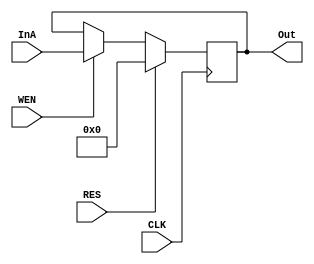
module Wbit_REG_WriteEN_2305001 #(parameter W=4)(InA,RES,CLK,Out,WEN);
	input wire[W-1:0] InA;
	input wire  RES,CLK,WEN;
	output reg[W-1:0] Out;
	always@(posedge CLK)
	begin
	if(RES==1)
		Out[W-1:0]=0;
	else
		if(WEN==1)
			Out=InA;
	end

endmodule